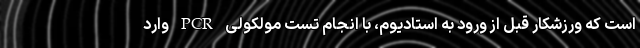
است که ورزشکار قبل از ورود به استادیوم، با انجام تست مولکولی PCR وارد